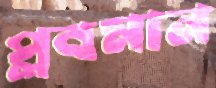
প্লবমান